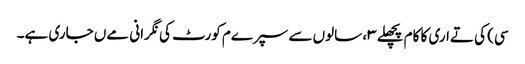
سی) کی تےاری کا کام پچھلے ۳، سالوں سے سپرےم کورٹ کی نگرانی مےں جاری ہے۔